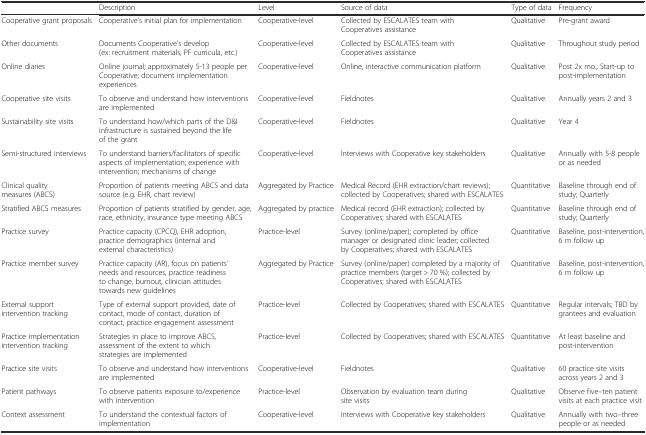
|  | Description | Level | Source of data | Type of data | Frequency |
 | --- | --- | --- | --- | --- | --- |
 | Cooperative grant proposals | Cooperative’s initial plan for implementation | Cooperative-level | Collected by ESCALATES team with Cooperatives assistance | Qualitative | Pre-grant award |
 | Other documents | Documents Cooperative’s develop (ex: recruitment materials, PF curricula, etc.) | Cooperative-level | Collected by ESCALATES team with Cooperatives assistance | Qualitative | Throughout study period |
 | Online diaries | Online journal; approximately 5-13 people per Cooperative; document implementation experiences | Cooperative-level | Online, interactive communication platform | Qualitative | Post 2x mo.; Start-up to post-implementation |
 | Cooperative site visits | To observe and understand how interventions are implemented | Cooperative-level | Fieldnotes | Qualitative | Annually years 2 and 3 |
 | Sustainability site visits | To understand how/which parts of the D&I infrastructure is sustained beyond the life of the grant | Cooperative-level | Fieldnotes | Qualitative | Year 4 |
 | Semi-structured interviews | To understand barriers/facilitators of specific aspects of implementation; experience with intervention; mechanisms of change | Cooperative-level | Interviews with Cooperative key stakeholders | Qualitative | Annually with 5-8 people or as needed |
 | Clinical quality measures (ABCS) | Proportion of patients meeting ABCS and data source (e.g. EHR, chart review) | Aggregated by Practice | Medical Record (EHR extraction/chart reviews); collected by Cooperatives; shared with ESCALATES | Quantitative | Baseline through end of study; Quarterly |
 | Stratified ABCS measures | Proportion of patients stratified by gender, age, race, ethnicity, insurance type meeting ABCS | Aggregated by practice | Medical record (EHR extraction); collected by Cooperatives; shared with ESCALATES | Quantitative | Baseline through end of study; Quarterly |
 | Practice survey | Practice capacity (CPCQ), EHR adoption, practice demographics (internal and external characteristics) | Practice-level | Survey (online/paper); completed by office manager or designated clinic leader; collected by Cooperatives; shared with ESCALATES | Quantitative | Baseline, post-intervention, 6 m follow up |
 | Practice member survey | Practice capacity (AR), focus on patients’ needs and resources, practice readiness to change, burnout, clinician attitudes towards new guidelines | Aggregated by Practice | Survey (online/paper) completed by a majority of practice members (target > 70 %); collected by Cooperatives; shared with ESCALATES | Quantitative | Baseline, post-intervention, 6 m follow up |
 | External support intervention tracking | Type of external support provided, date of contact, mode of contact, duration of contact, practice engagement assessment | Practice-level | Collected by Cooperatives; shared with ESCALATES | Quantitative | Regular intervals; TBD by grantees and evaluation |
 | Practice implementation intervention tracking | Strategies in place to improve ABCS, assessment of the extent to which strategies are implemented | Practice-level | Collected by Cooperatives; shared with ESCALATES | Quantitative | At least baseline and post-intervention |
 | Practice site visits | To observe and understand how interventions are implemented | Cooperative-level | Fieldnotes | Qualitative | 60 practice site visits across years 2 and 3 |
 | Patient pathways | To observe patients exposure to/experience with intervention | Practice-level | Observation by evaluation team during site visits | Qualitative | Observe five–ten patient visits at each practice visit |
 | Context assessment | To understand the contextual factors of implementation | Cooperative-level | Interviews with Cooperative key stakeholders | Qualitative | Annually with two–three people or as needed |